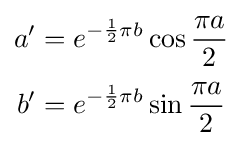
{\begin{aligned}a'&=e^{-{\frac {1}{2}}{\pi b}}\cos {\frac {\pi a}{2}}\\[2pt]b'&=e^{-{\frac {1}{2}}{\pi b}}\sin {\frac {\pi a}{2}}\end{aligned}}